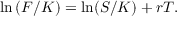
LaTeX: \ln \left( F / K \right) = \ln ( S / K ) + r T .